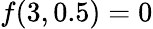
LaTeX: f(3,0.5)=0